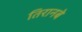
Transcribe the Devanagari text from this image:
तिरानबे